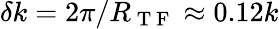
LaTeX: \delta k=2\pi/R_{\mathrm{~T~F~}}\approx 0.12k